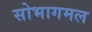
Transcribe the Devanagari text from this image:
सोभागमल